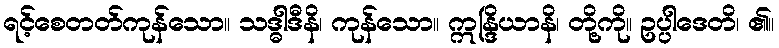
ရင့်စေတတ်ကုန်သော။ သဒ္ဓါဒီနိ၊ ကုန်သော။ ဣန္ဒြိယာနိ၊ တို့ကို။ ဥပ္ပါဒေတိ၊ ၏။